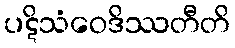
ပဋိသံဝေဒိဿတီတိ